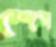
শেপ